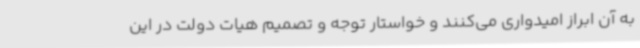
به آن ابراز امیدواری می‌کنند و خواستار توجه و تصمیم هیات دولت در این